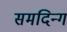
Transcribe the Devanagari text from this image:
समदिन्ग